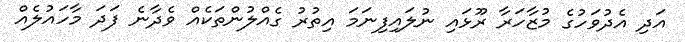
އަދި އެދުވަހުގެ މުޒާހަރާ ރޫޅައި ނުލައިފިނަމަ އިތުރު ގެއްލުންތަކެއް ވެދާނެ ފަދަ މާހައުލެއް